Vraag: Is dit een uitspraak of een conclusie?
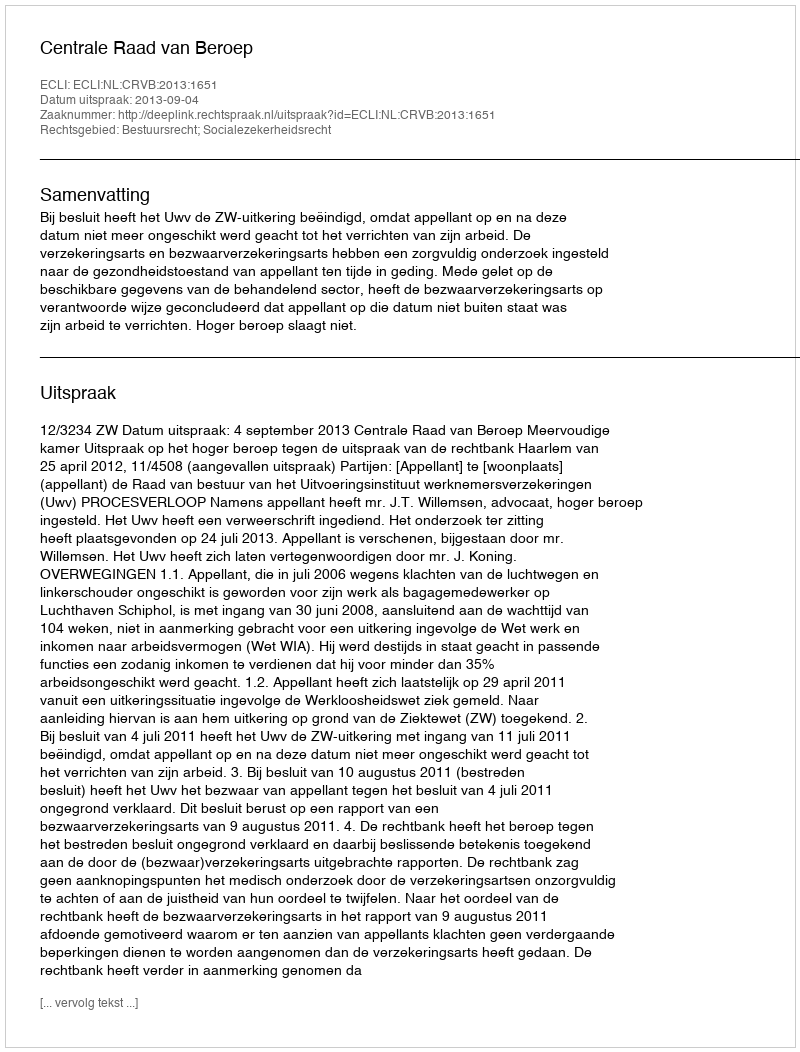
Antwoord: Uitspraak